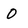
Character: 0